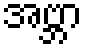
အဗ္ဘာ